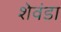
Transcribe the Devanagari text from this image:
शेवंडा